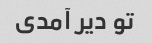
تو دیر آمدی